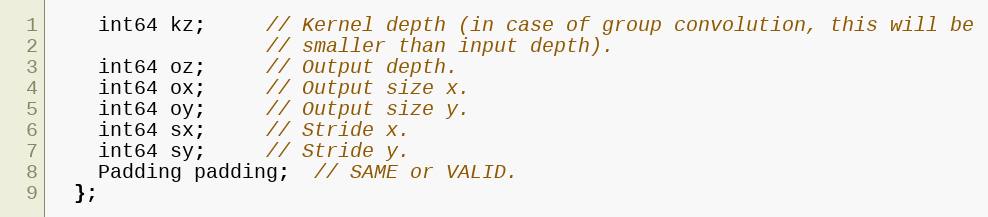
Language: C
    int64 kz;     // Kernel depth (in case of group convolution, this will be
                  // smaller than input depth).
    int64 oz;     // Output depth.
    int64 ox;     // Output size x.
    int64 oy;     // Output size y.
    int64 sx;     // Stride x.
    int64 sy;     // Stride y.
    Padding padding;  // SAME or VALID.
  };